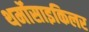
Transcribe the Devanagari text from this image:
थर्मोसाइकिलर